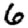
Digit: 6